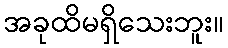
အခုထိမရှိသေးဘူး။